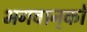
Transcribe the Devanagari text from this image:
भगवान्‌को